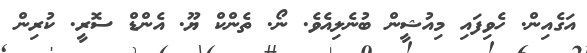
އަގެއިން. ހެވިފައި މިއުޝީން ބުނެލިއެވެ. ނޯ. ތެންކް ޔޫ. އެންޑް ސޮރީ. ކުރިން